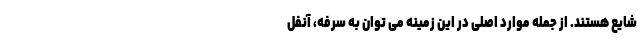
شایع هستند. از جمله موارد اصلی در این زمینه می توان به سرفه، آنفل